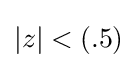
|z|<(.5)